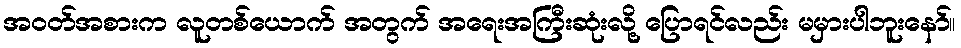
အဝတ်အစားက လူတစ်ယောက် အတွက် အရေးအကြီးဆုံးလို့ ပြောရင်လည်း မမှားပါဘူးနော်။